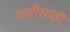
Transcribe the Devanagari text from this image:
घाटीसाठी